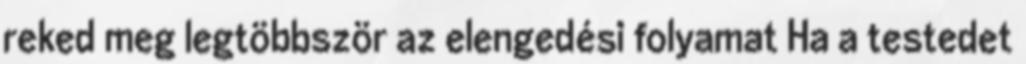
reked meg legtöbbször az elengedési folyamat Ha a testedet